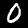
Digit: 0